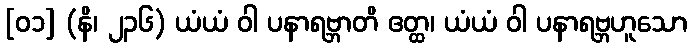
[၀၁] (နိ၊ ၂၃၆) ယံယံ ဝါ ပနာရဗ္ဘာတိ ဧတ္ထ၊ ယံယံ ဝါ ပနာရဗ္ဘဟူသော